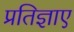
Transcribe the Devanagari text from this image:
प्रतिज्ञाए